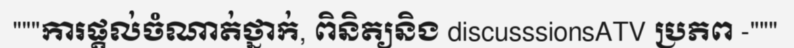
"""ការផ្តល់ចំណាត់ថ្នាក់, ពិនិត្យនិង discusssionsATV ប្រភព -"""